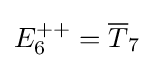
E_{6}^{++}={\overline {T}}_{7}